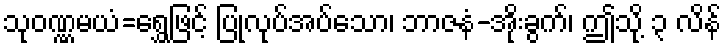
သုဝဏ္ဏမယံ=ရွှေဖြင့် ပြုလုပ်အပ်သော၊ ဘာဇနံ-အိုးခွက်၊ ဤသို့ ၃ လိန်